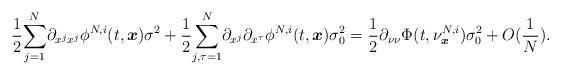
\begin{align*}\frac{1}{2}\underset{j=1}{\overset{N}{\sum}}\partial_{x^jx^j}\phi^{N,i}(t,\boldsymbol{x})\sigma^2+\frac{1}{2}\underset{j,\tau=1}{\overset{N}{\sum}}\partial_{x^j}\partial_{x^\tau}\phi^{N,i}(t,\boldsymbol{x})\sigma_0^2=\frac{1}{2}\partial_{\nu\nu}\Phi(t,\nu^{N,i}_{\boldsymbol{x}})\sigma_0^2+O(\frac{1}{N}).\end{align*}